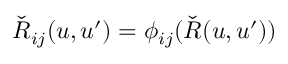
{ \check { R } } _ { i j } ( u , u ^ { \prime } ) = \phi _ { i j } ( { \check { R } } ( u , u ^ { \prime } ) )